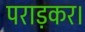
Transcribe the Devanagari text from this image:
पराड़कर।